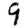
Digit: 9